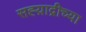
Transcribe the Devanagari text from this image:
सह्य़ाद्रीच्या